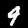
Label: 9